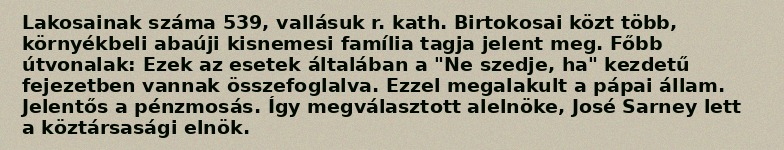
Lakosainak száma 539, vallásuk r. kath. Birtokosai közt több, környékbeli abaúji kisnemesi família tagja jelent meg. Főbb útvonalak: Ezek az esetek általában a "Ne szedje, ha" kezdetű fejezetben vannak összefoglalva. Ezzel megalakult a pápai állam. Jelentős a pénzmosás. Így megválasztott alelnöke, José Sarney lett a köztársasági elnök.